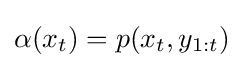
\alpha (x_{t})=p(x_{t},y_{1:t})